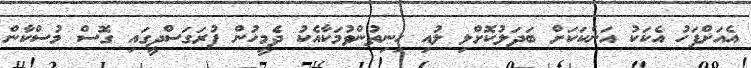
އެއަށްފަހު އެކަކު އަނެކަކަށް ބަދަލުކޮށްލި ލުއި ހިނިތުންވުމަކާއެކު ދެމީހުން ފުރަގަސްދީގައި ގޮސް މުސްކާން